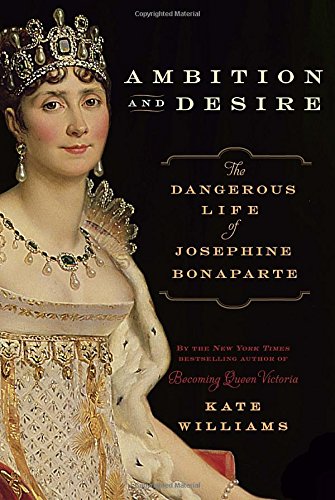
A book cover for Ambition and Desire: The Dangerous Life of Josephine Bonaparte; Kate Williams; Biographies & Memoirs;